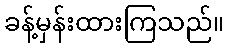
ခန့်မှန်းထားကြသည်။